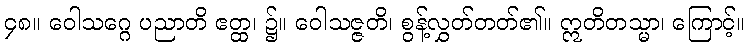
၄၈။ ဝေါသဂ္ဂေ ပညာတိ ဧတ္ထ၊ ၌။ ဝေါသဇ္ဇတိ၊ စွန့်လွှတ်တတ်၏။ ဣတိတသ္မာ၊ ကြောင့်။